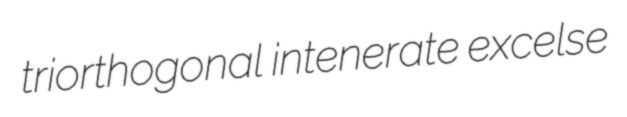
triorthogonal intenerate excelse